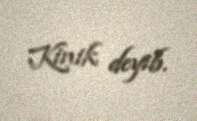
Kinik deyib.